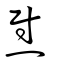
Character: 熨